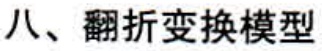
八、翻折变换模型